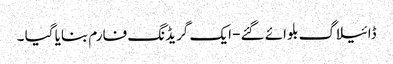
ڈائیلاگ بلوائے گئے- ایک گریڈنگ فارم بنایا گیا ۔